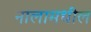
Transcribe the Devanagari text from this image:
नालामधील